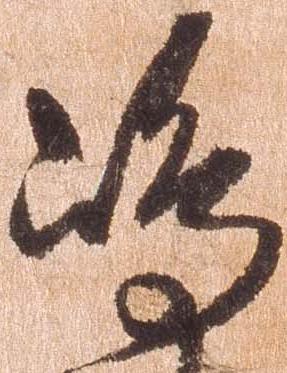
島